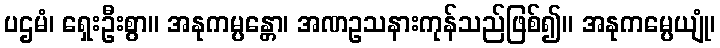
ပဌမံ၊ ရှေးဦးစွာ။ အနုကမ္ပန္တော၊ အဏဥသနားကုန်သည်ဖြစ်၍။ အနုကမ္ပေယျုံ၊